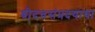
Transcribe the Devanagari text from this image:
श्रीदत्तसंप्रदयाचा